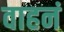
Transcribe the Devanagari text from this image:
वाहनं